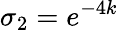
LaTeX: \sigma_{2}=e^{-4k}